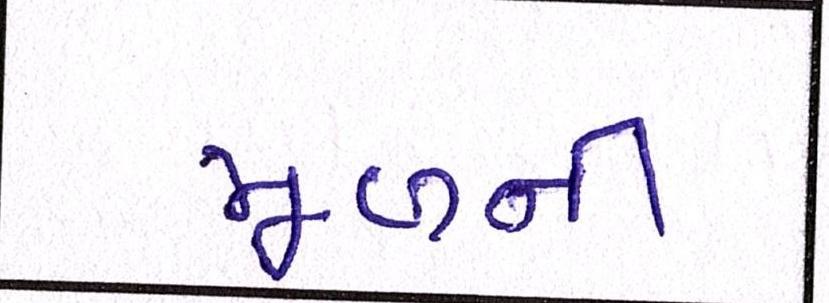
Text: મૂળની